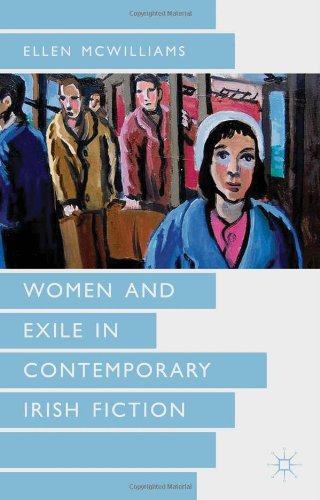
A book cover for Women and Exile in Contemporary Irish Fiction; Ellen McWilliams; Literature & Fiction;